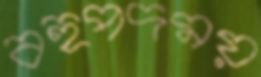
বহুপদময়